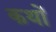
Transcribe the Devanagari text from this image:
कथों